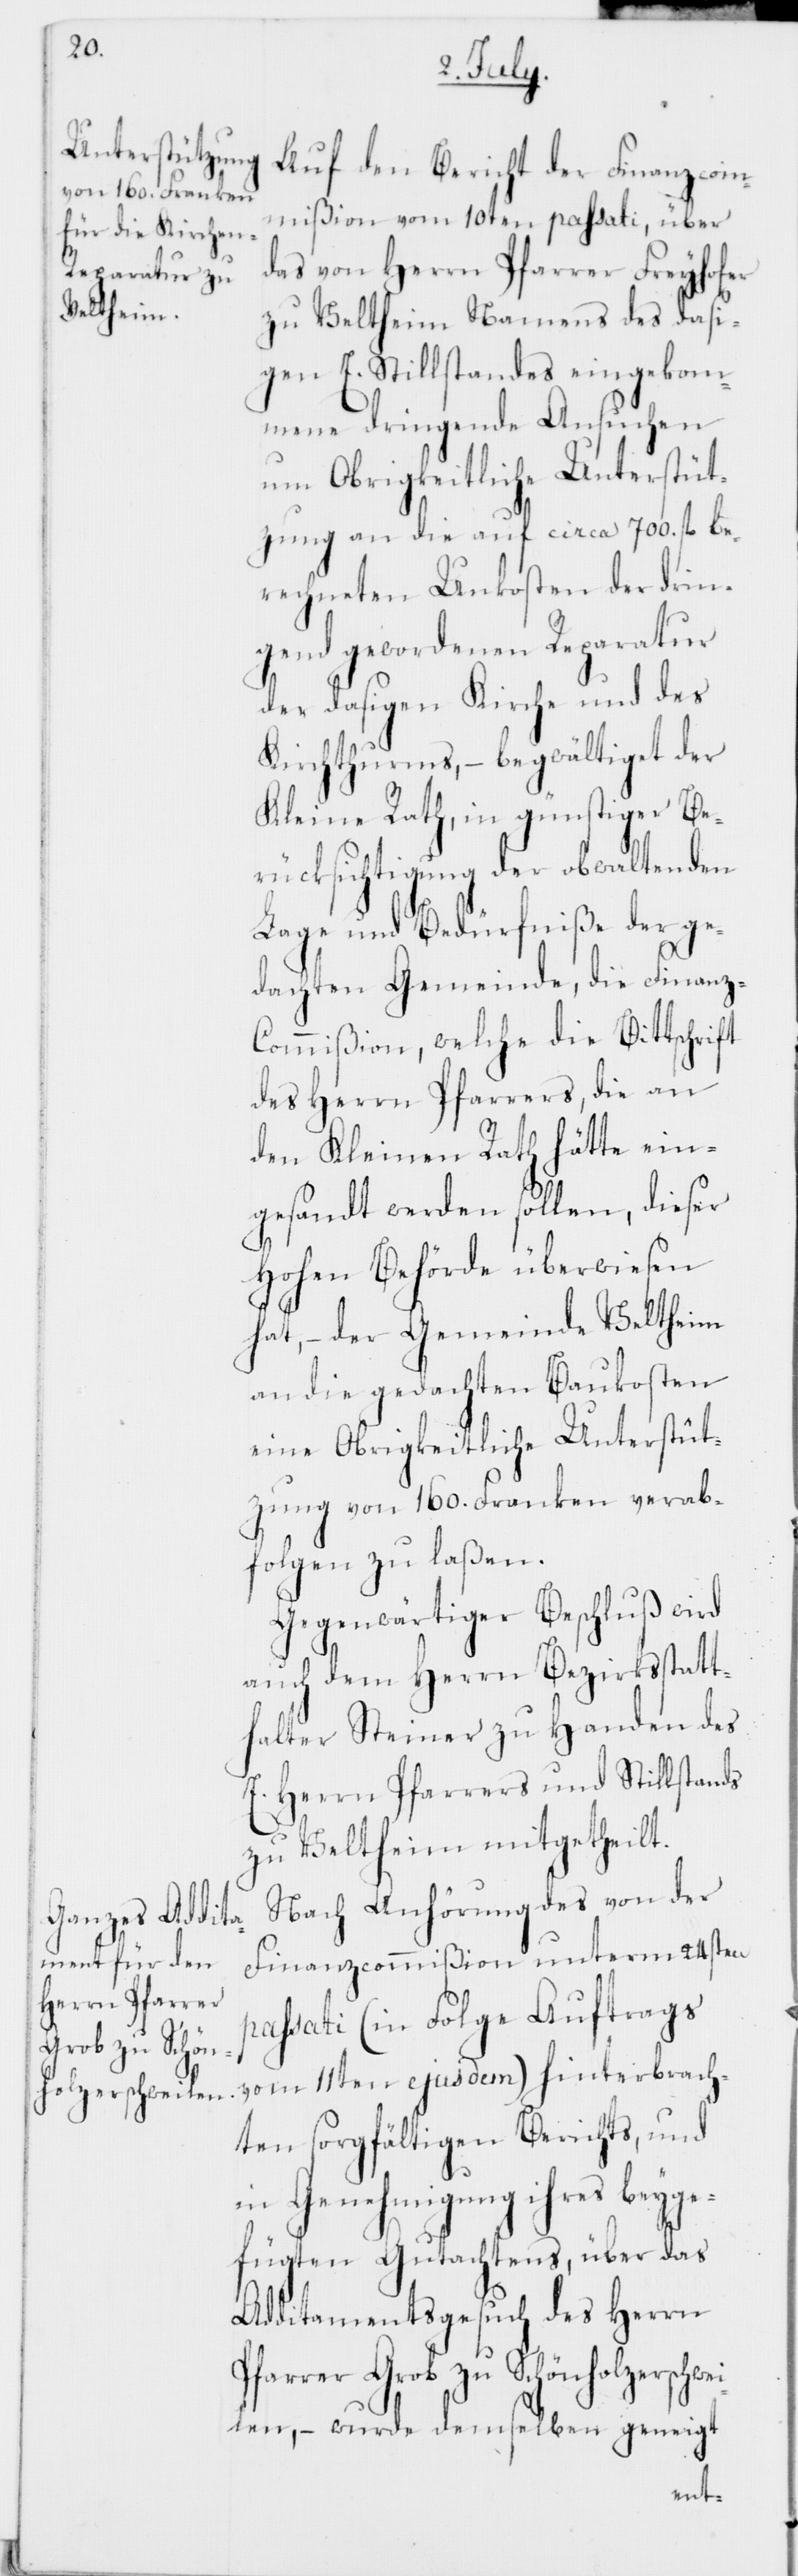
Auf den Bericht der Finanzcom¬
mißion vom 10ten passati, über
das von Herrn Pfarrer Freyhofer
zu Veltheim Namens des dasi¬
gen E. Stillstands eingekom¬
mene dringende Ansuchen
um Obrigkeitliche Unterstüt¬
zung an die auf circa 700. fl. be¬
rechneten Unkosten der drin¬
gend gewordenen Reparatur
der dasigen Kirche und des
Kirchthurms, – begwältiget der
Kleine Rath, in günstiger Be¬
rücksichtigung der obwaltenden
Lage und Bedürfniße der ge¬
dachten Gemeinde, die Finan¬
z-Commißion, welche die Bittschrift
des Herrn Pfarrers, die an
den Kleinen Rath hätte ein¬
gesandt werden sollen, dieser
Hohen Behörde überwiesen
hat, – der Gemeinde Veltheim
an die gedachten Baukosten
eine Obrigkeitliche Unterstüt¬
zung von 160. Franken verab¬
folgen zu laßen.
Gegenwärtiger Beschluß wird
auch dem Herrn Bezirksstatt¬
halter Steiner zu Handen des
E. Herrn Pfarrers und Stillstands
zu Veltheim mitgetheilt.
Nach Anhörung des von der
Finanzcommißion unterm 24sten
passati (in Folge Auftrags
vom 11ten ejusdem) hinterbrach¬
ten sorgfältigen Berichts, und
in Genehmigung ihres beyge¬
fügten Gutachtens über das
Additamentsgesuch des Herrn
Pfarrer Grob zu Schönholzerschwe¬
ilen, – wurde demselben geneigt